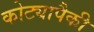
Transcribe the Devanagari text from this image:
कोट्यापैकी